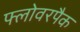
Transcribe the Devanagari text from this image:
फ्लोवरपैक